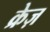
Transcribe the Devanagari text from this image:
क्रेज़